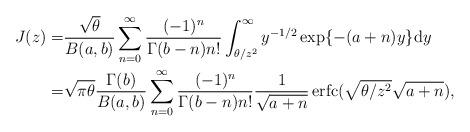
LaTeX: \begin{align*}J(z)=&\frac{\sqrt\theta}{B(a,b)}\sum_{n=0}^\infty\frac{(-1)^n}{\Gamma(b-n)n!}\int_{\theta/z^2}^{\infty}y^{-1/2}\exp\{-(a+n)y \}\mathrm{d}y\\=&\sqrt{\pi\theta}\frac{\Gamma(b)}{B(a,b)}\sum_{n=0}^{\infty}\frac{ (-1)^n}{\Gamma(b-n)n!}\frac{1}{\sqrt{a+n}}\operatorname{erfc}(\sqrt{\theta/z^2}\sqrt{a+n}),\end{align*}